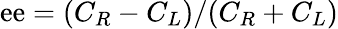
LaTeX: \mathrm{e}\mathrm{e}=(C_{R}-C_{L})/(C_{R}+C_{L})